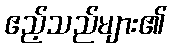
ဧည့်သည်များ၏